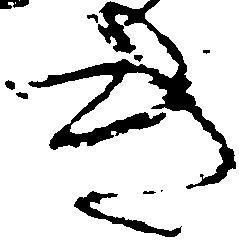
き